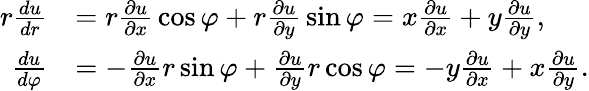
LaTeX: {\begin{array}{rl}{r{\frac{du}{dr}}}&{=r{\frac{\partial u}{\partial x}}\cos\varphi+r{\frac{\partial u}{\partial y}}\sin\varphi=x{\frac{\partial u}{\partial x}}+y{\frac{\partial u}{\partial y}},}\\ {{\frac{du}{d\varphi}}}&{=-{\frac{\partial u}{\partial x}}r\sin\varphi+{\frac{\partial u}{\partial y}}r\cos\varphi=-y{\frac{\partial u}{\partial x}}+x{\frac{\partial u}{\partial y}}.}\end{array}}